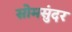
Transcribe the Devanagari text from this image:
सोमसुंदर